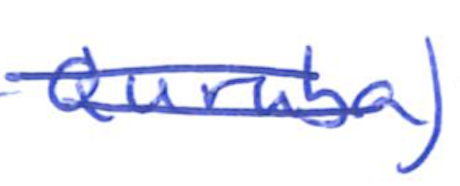
Text: Quruba)
Cross-out: double-line
Writing tool: ballpoint